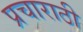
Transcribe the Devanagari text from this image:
प्रचाराठी